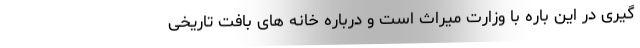
گیری در این باره با وزارت میراث است و درباره خانه های بافت تاریخی